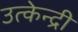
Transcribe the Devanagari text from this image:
उत्केन्द्री